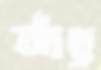
আঁছু